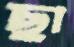
ছা